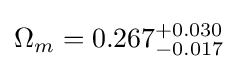
\Omega _{m}=0.267_{-0.017}^{+0.030}